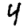
Digit: 4